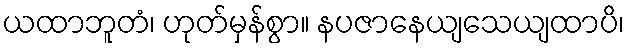
ယထာဘူတံ၊ ဟုတ်မှန်စွာ။ နပဇာနေယျသေယျထာပိ၊